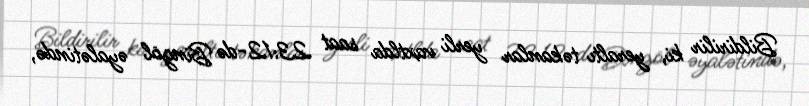
Bildirilir ki, yeraltı təkanlar yerli vaxtlda saat 23:12-də Bingöl əyalətində,